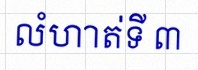
លំហាត់ទី ៣